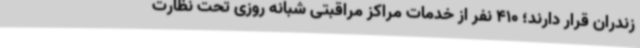
زندران قرار دارند؛ 410 نفر از خدمات مراکز مراقبتی شبانه روزی تحت نظارت